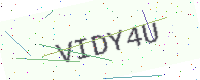
Text: VIDY4U